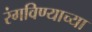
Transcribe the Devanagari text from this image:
रंगविण्याच्या